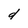
Character: d